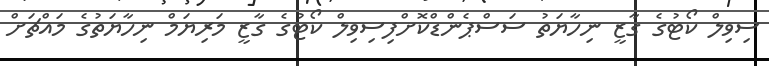
ސިވިލް ކޯޓުގެ ގާޒީ ނިހާޔަތު ސަސްޕެންޑްކޮށްފިސިވިލް ކޯޓުގެ ގާޒީ މަރިޔަމް ނިހާޔަތުގެ މައްޗަށް